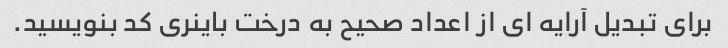
برای تبدیل آرایه ای از اعداد صحیح به درخت باینری کد بنویسید.